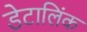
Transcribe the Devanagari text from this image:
डेटालिंक